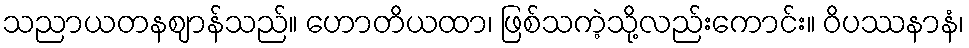
သညာယတနဈာန်သည်။ ဟောတိယထာ၊ ဖြစ်သကဲ့သို့လည်းကောင်း။ ဝိပဿနာနံ၊